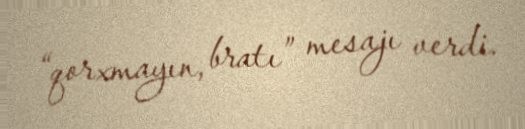
“qorxmayın, bratı” mesajı verdi.